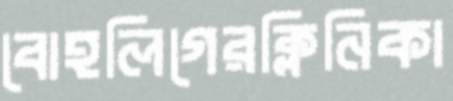
বোহলিগেরক্লিনিকা